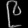
Digit: ၉